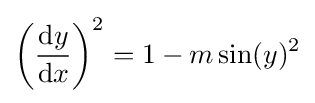
\left({\frac {\mathrm {d} y}{\mathrm {d} x}}\right)^{2}=1-m\sin(y)^{2}